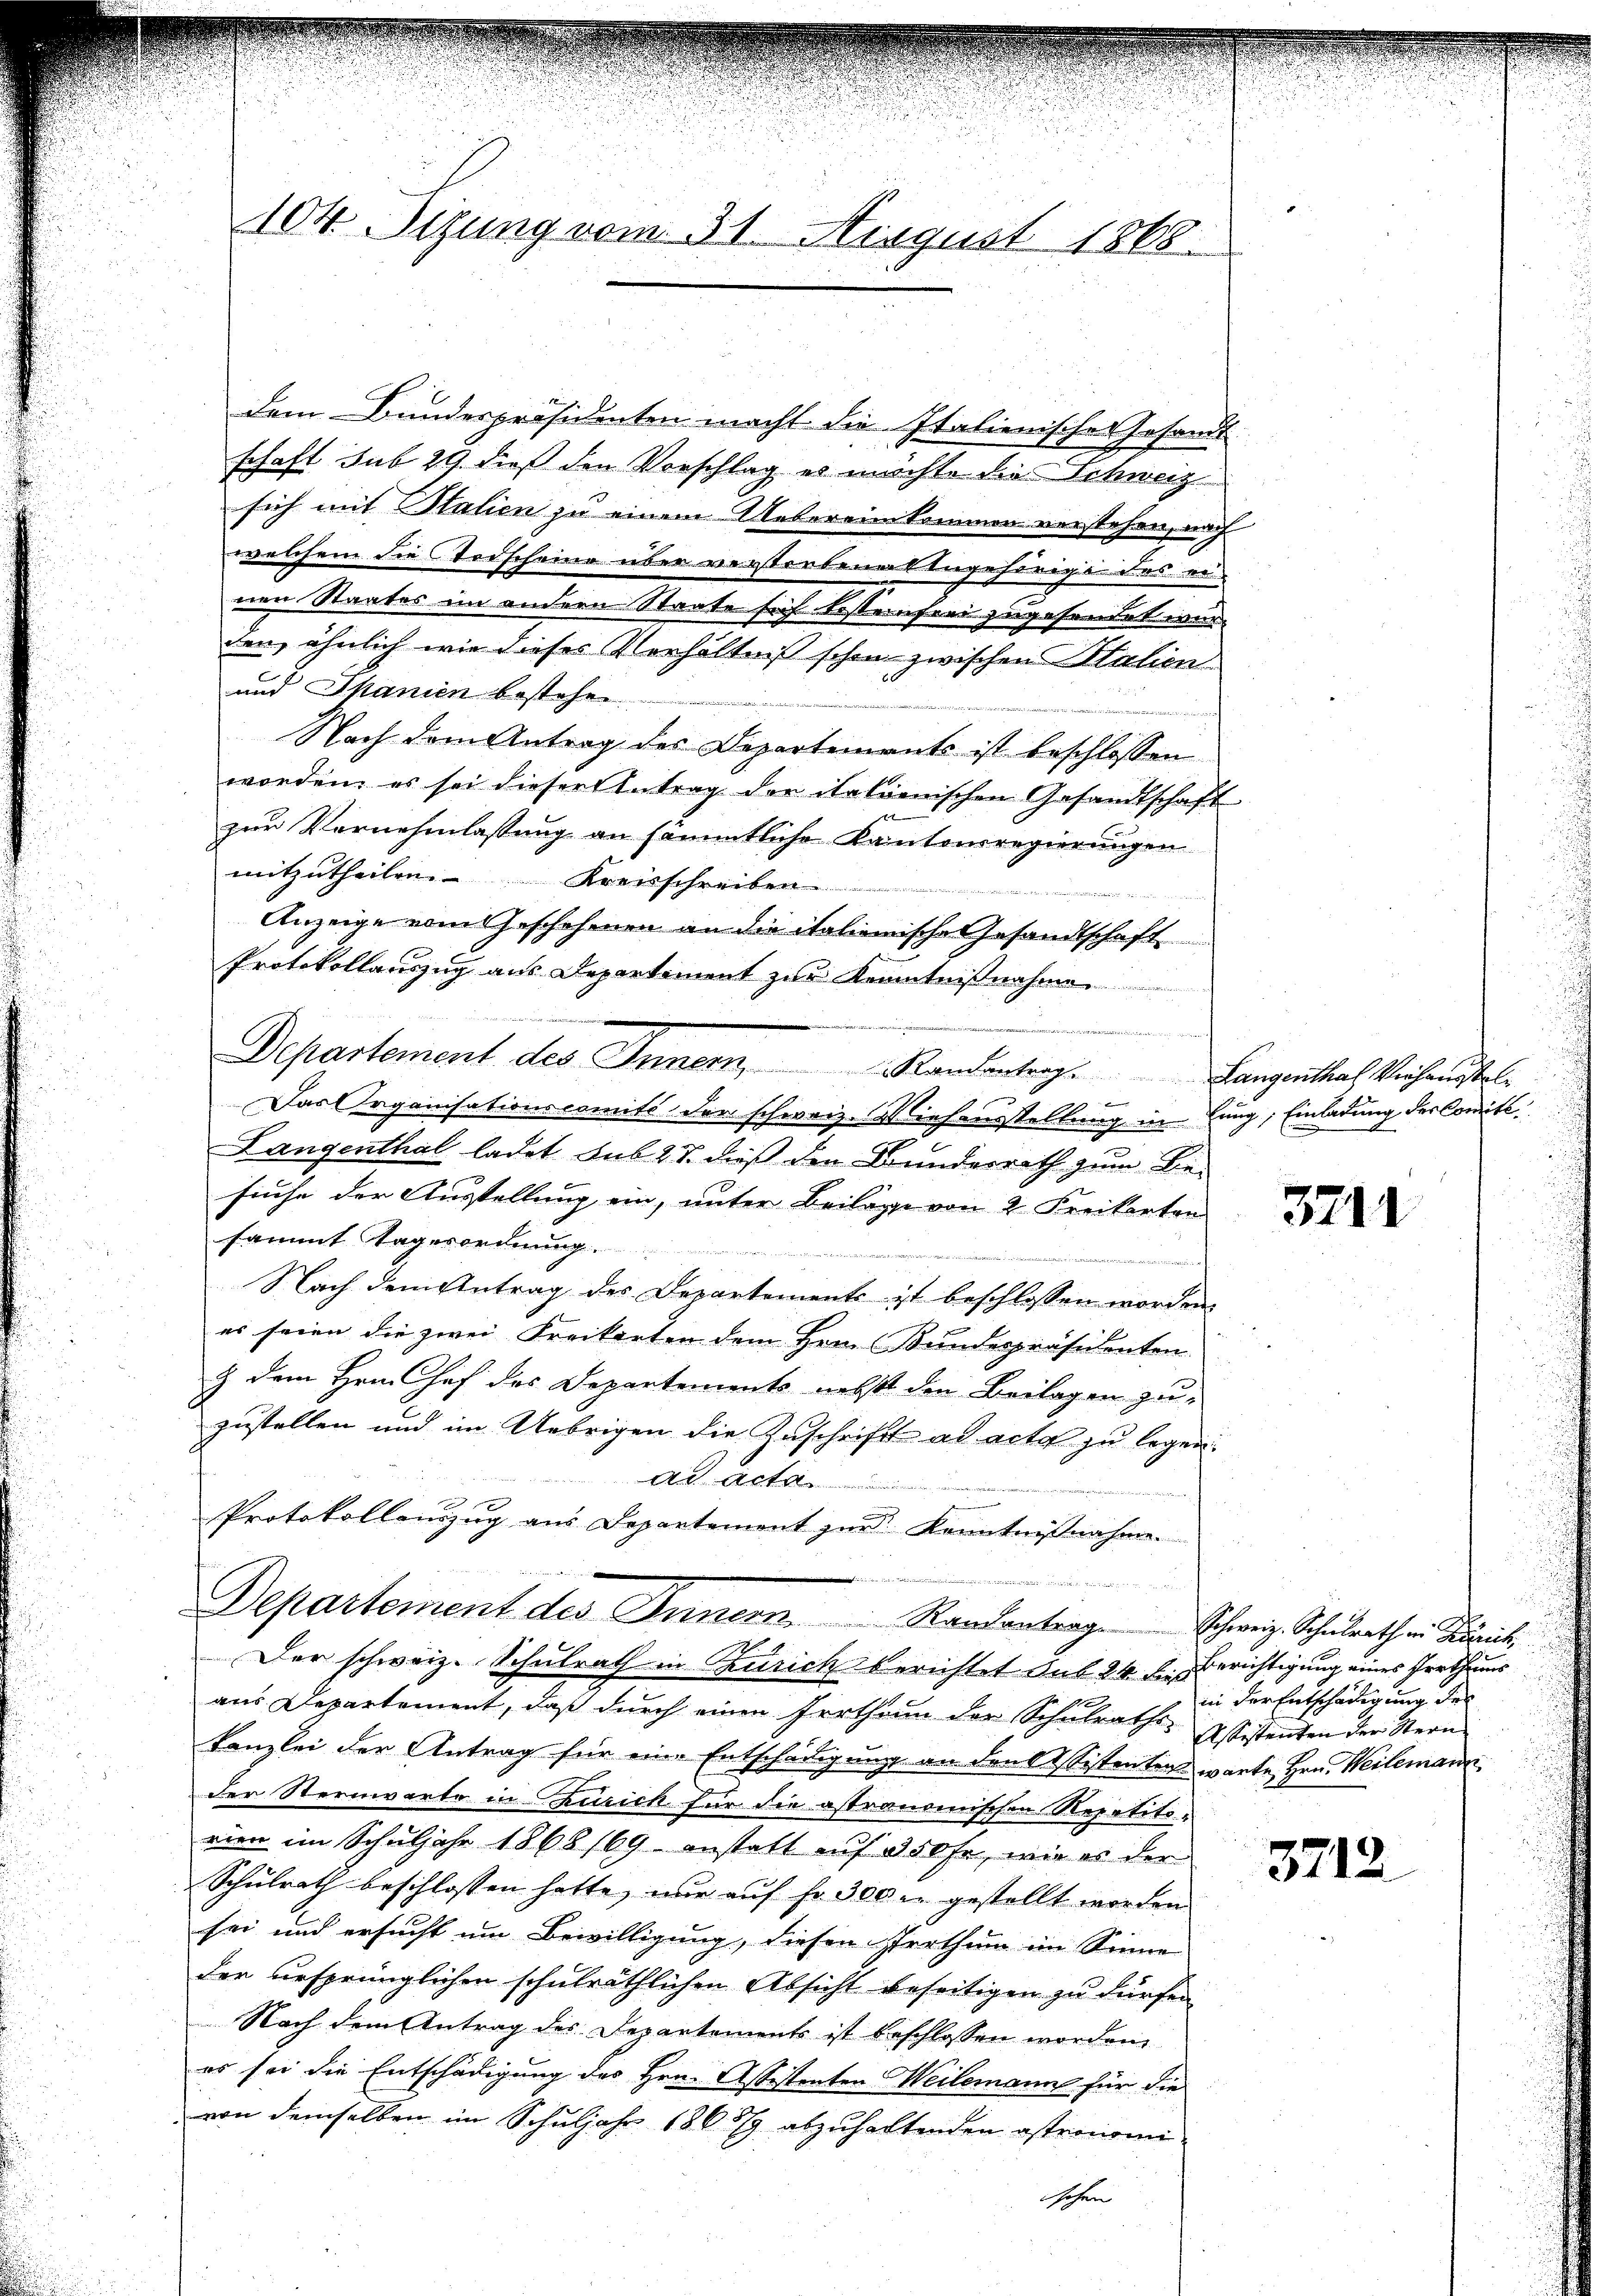
104. Sizung vom 31. August 1868.

dem Bundespräsidenten macht die Italienische Gesandt
schaft sub 29. dieß den Vorschlag es möchte die Schweiz
sich mit Stalien zu einem Uebereinkommen verstehen, nach
welchem die Todscheine über verstorbenes Angehörige des ei
nen Staates im andern Staate sich kostenfrei zugesandet wur
den, ähnlich wie dieses Verhältniß schon zwischen Station
und Thanien bestehe
Nach dem Antrag des Departements ist beschlossen
worden, es sei dieser Antrag der italienischen Gesandtschaft
zur Vernehmlassung an sämmtliche Kantonsregierungen
mitzutheilen. Kreisschreiben
Anzeige vom Geschehenen an die italienische Gesandtschaft
Protokollauszug aus Departement zur Kenntnißnahme
din und der die
Departement des Innern Randantrag. Langenthal Verhaustel¬
Das Organisationscomité der schweiz. Niehausstellung in Lung; Einladung der Comité
Langenthal ladet sub 27. dieß den Bundesrath zum Besuche der Ausstellung ein, unter Beilage von 2 Freikarten
sammt Tagesordnung
Nach dem Antrag des Departements ist beschlossen worden.
es seien die zwei Freikarten dem Herrn Bundespräsidenten
& dem Hrn. Chef des Departements nebst den Beilagen zu-
zustellen und im Uebrigen die Zuschrift ad acta zu legen.
ad Acta
Protokollauszug aus Departement zur Kenntnißnahme.
u

Departement des Innern Randantrag. Schweiz. Schulrath in Zürich,
Der schweiz. Schulrath in Zürich berichtet sub 24 f. Gerichtigung eines Irrthums

aus Departement, daß durch einen Irrthum der Schulraths-Wistenten der Stern
kanzlei der Antrag für eine Entschädigung an den 2 Sistenten warte Hrn. Weilemann.
der Sternwarte in Zürich für die astronomischen Repetito-
rien im Schuljahr 1868 169 anstalt auf 350fr., wie es der
Schulrath beschlossen hatte, wir auf fr. 300 in gestellt worden
sei und ersucht um Bewilligung, diesen Irrthum im Sinne
der ursprünglichen schulräthlichen Absicht beseitigen zu dürfen
Nach dem Antrag des Departements ist beschlossen worden,
es sei die Entschädigung des Hrn. Assistenten Weilemanne für die
von demselben im Schuljahr 186879 abzuhaltenden astronomi
hohen

3711

in der Entschädigung des

3712